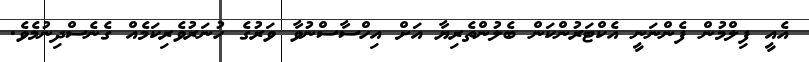
އެއީ ފިލްމުން ފެންނަނީ އެކްޓަރުންކަން ބެލުންތެރިޔާ އަށް އިހްސާސްނުވާ ވަރުގެ ހުނަރުވެރިކަމެއް ގެނެސްދިނުމެވެ.